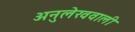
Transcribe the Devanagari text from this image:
अनुलेखवाली